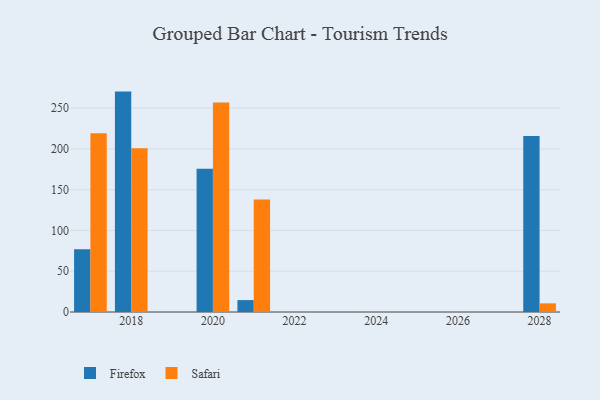
{"axis": {"x": "Year", "y": "Satisfaction Score"}, "legend": ["Firefox", "Safari"], "data": [{"x": "2021", "y": 14.6, "type": "Firefox"}, {"x": "2021", "y": 138.0, "type": "Safari"}, {"x": "2018", "y": 270.3, "type": "Firefox"}, {"x": "2018", "y": 200.9, "type": "Safari"}, {"x": "2020", "y": 175.6, "type": "Firefox"}, {"x": "2020", "y": 256.8, "type": "Safari"}, {"x": "2017", "y": 77.0, "type": "Firefox"}, {"x": "2017", "y": 219.1, "type": "Safari"}, {"x": "2028", "y": 215.7, "type": "Firefox"}, {"x": "2028", "y": 10.6, "type": "Safari"}]}